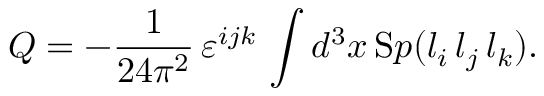
Q = - \frac { 1 } { 2 4 \pi ^ { 2 } } \, \varepsilon ^ { i j k } \, \int d ^ { 3 } x \, { \mathrm S p } ( l _ { i } \, l _ { j } \, l _ { k } ) .